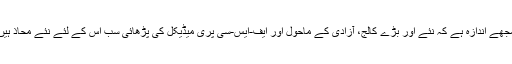
مجھے اندازہ ہے کہ نئے اور بڑے کالج، آزادی کے ماحول اور ایف-ایس-سی پری میڈیکل کی پڑھائی سب اُس کے لئے نئے محاذ ہیں۔